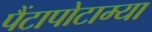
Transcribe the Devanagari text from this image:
पैंटापोटाम्या